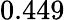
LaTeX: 0.449